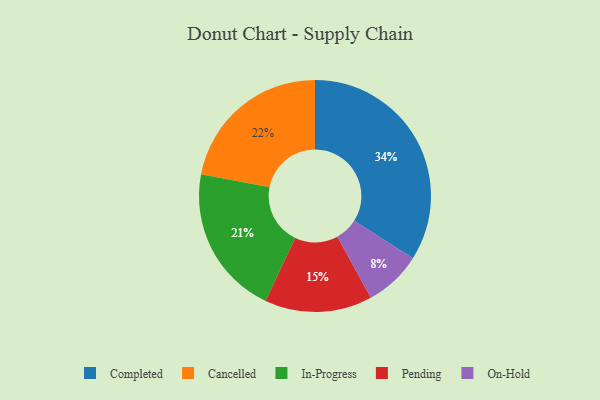
{"axis": {"x": "Category", "y": "Percentage"}, "legend": ["Cancelled", "Completed", "In-Progress", "On-Hold", "Pending"], "data": [{"x": "Cancelled", "y": 22, "type": "Cancelled"}, {"x": "In-Progress", "y": 21, "type": "In-Progress"}, {"x": "Pending", "y": 15, "type": "Pending"}, {"x": "Completed", "y": 34, "type": "Completed"}, {"x": "On-Hold", "y": 8, "type": "On-Hold"}]}